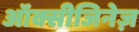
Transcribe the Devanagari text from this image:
ऑक्सीजिनेज़